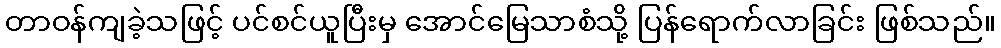
တာဝန်ကျခဲ့သဖြင့် ပင်စင်ယူပြီးမှ အောင်မြေသာစံသို့ ပြန်ရောက်လာခြင်း ဖြစ်သည်။